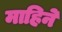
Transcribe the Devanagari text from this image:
माहिने